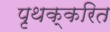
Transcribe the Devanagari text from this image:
पृथक्करित